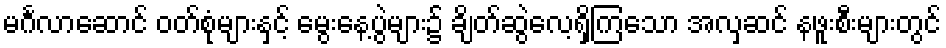
မင်္ဂလာဆောင် ဝတ်စုံများနှင့် မွေးနေ့ပွဲများ၌ ချိတ်ဆွဲလေ့ရှိကြသော အလှဆင် နဖူးစီးများတွင်